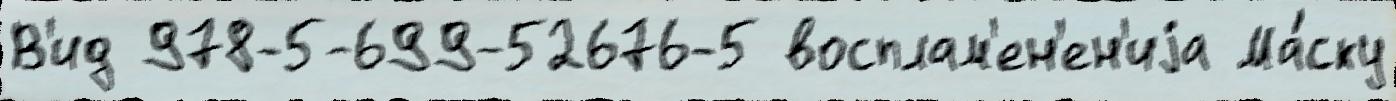
В'ид 978-5-699-52676-5 восплам'ен'ен'иjа Ма́ску